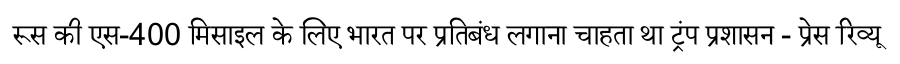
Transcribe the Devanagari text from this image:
रूस की एस-400 मिसाइल के लिए भारत पर प्रतिबंध लगाना चाहता था ट्रंप प्रशासन - प्रेस रिव्यू